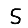
Digit: 5